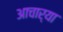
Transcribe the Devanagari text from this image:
आचार्‍या